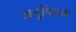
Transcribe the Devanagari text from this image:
अनुपिटक